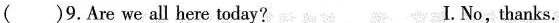
（)9.Are we all here today? I. No, thanks.